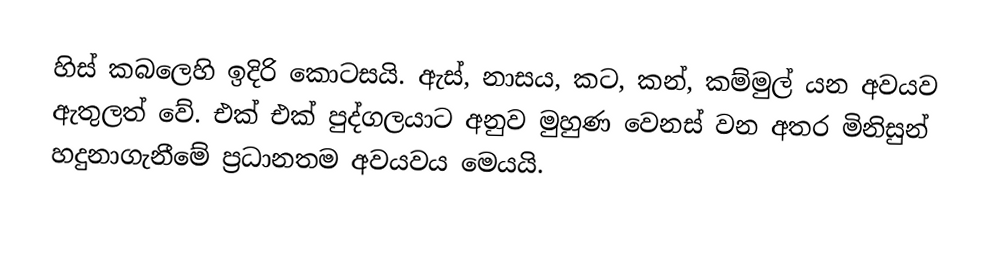
හිස් කබලෙහි ඉදිරි කොටසයි. ඇස්, නාසය, කට, කන්, කම්මුල් යන අවයව ඇතුලත් වේ. එක් එක් පුද්ගලයාට අනුව මුහුණ වෙනස් වන අතර මිනිසුන් හදුනාගැනීමේ ප්‍රධානතම අවයවය මෙයයි.